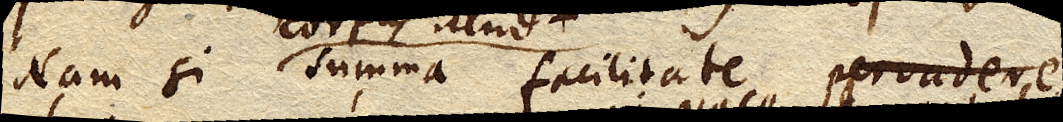
Nam si summa facilitate pervaderet